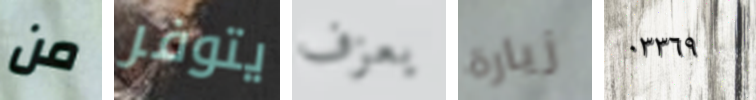
من يتوفر يعزف زيارة ٠٣٣٦٩